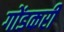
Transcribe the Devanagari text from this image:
गोंडकरी